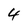
Character: 4